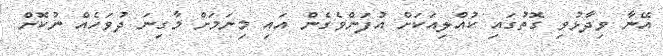
އޭނާ ވިދާޅުވި ގޮތުގައި ކުއްލިއަކަށް އުފަންވެގެން އައި މިނަމަށް މާގިނަ ދުވަހެއް ނުކޮށް